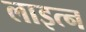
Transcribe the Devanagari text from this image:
लाइत्न